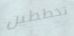
تخططين